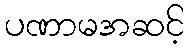
ပဏာမအဆင့်